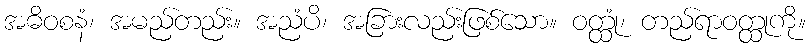
အဓိဝစနံ၊ အမည်တည်း။ အညံပိ၊ အခြားလည်းဖြစ်သော။ ဝတ္ထုံ၊ တည်ရာဝတ္ထုကို။